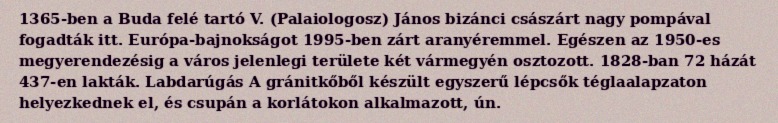
1365-ben a Buda felé tartó V. (Palaiologosz) János bizánci császárt nagy pompával fogadták itt. Európa-bajnokságot 1995-ben zárt aranyéremmel. Egészen az 1950-es megyerendezésig a város jelenlegi területe két vármegyén osztozott. 1828-ban 72 házát 437-en lakták. Labdarúgás A gránitkőből készült egyszerű lépcsők téglaalapzaton helyezkednek el, és csupán a korlátokon alkalmazott, ún.